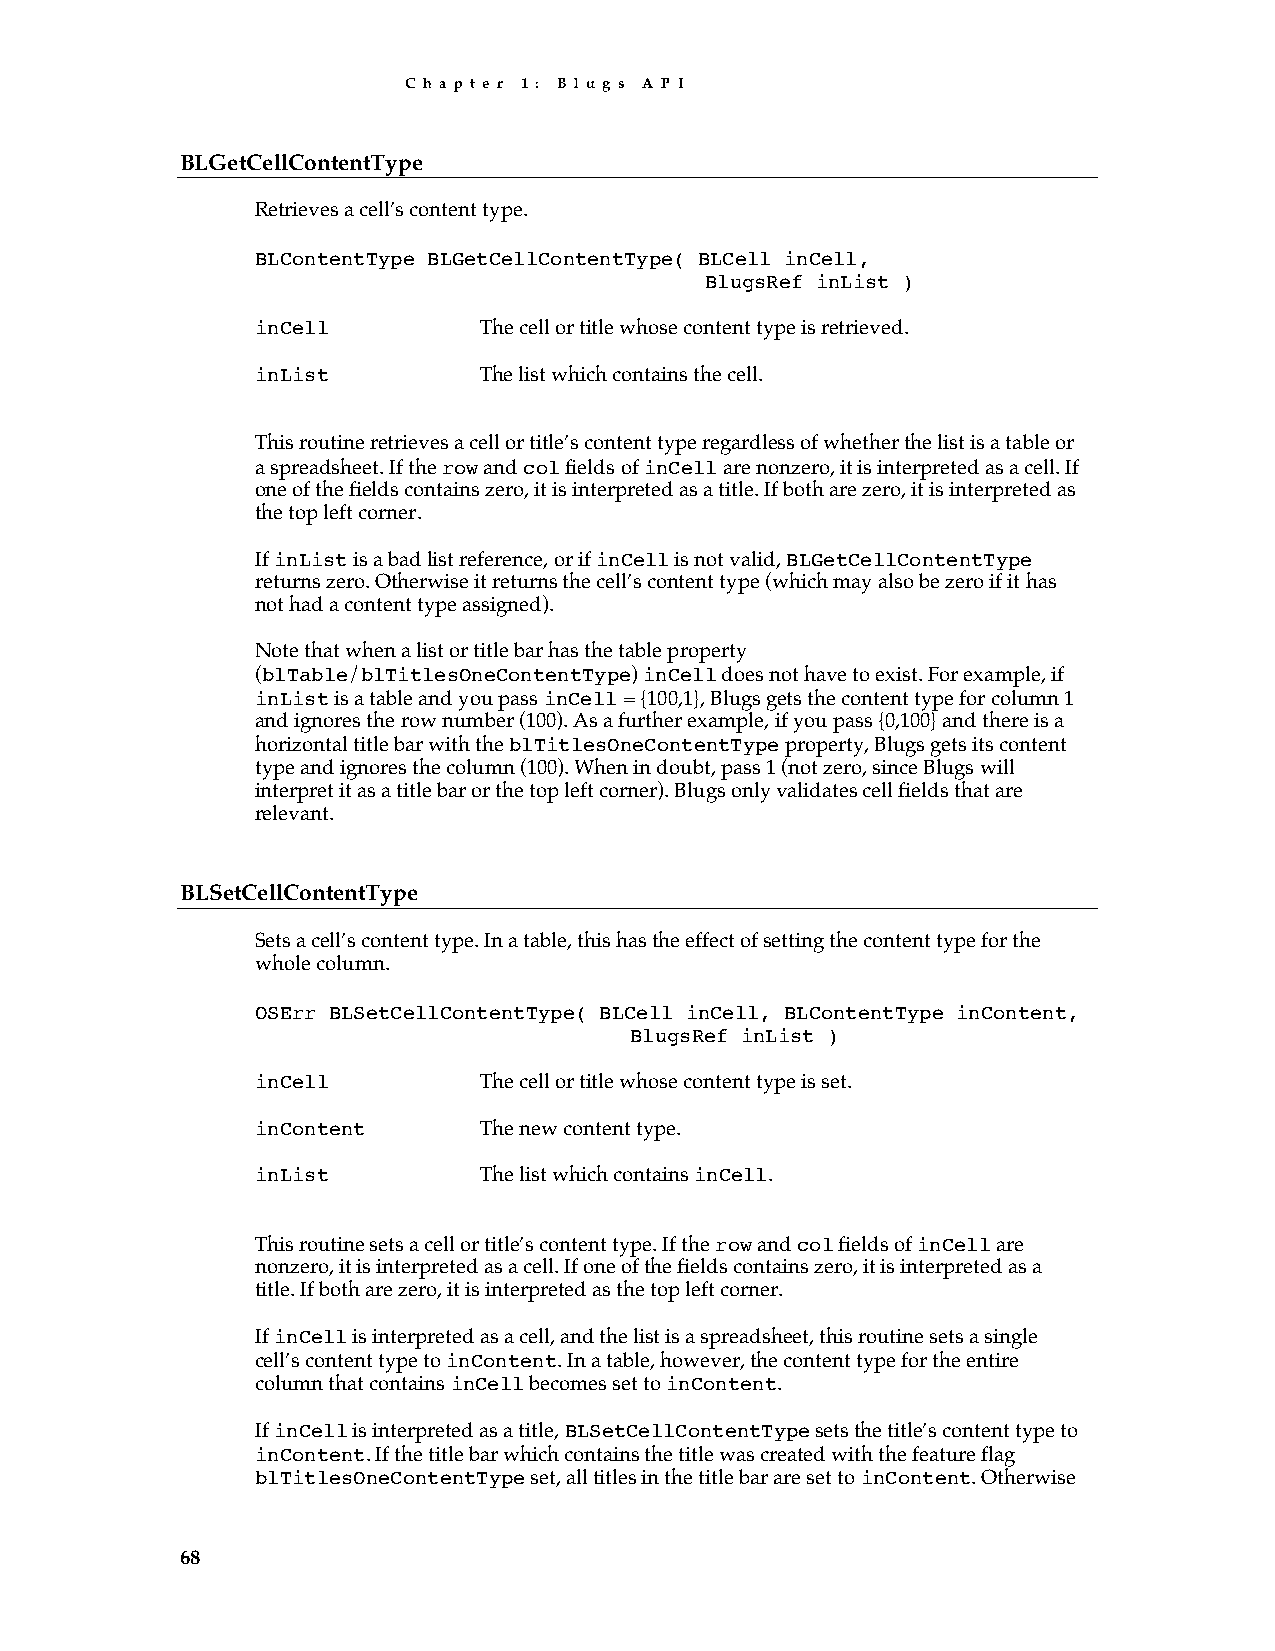
C h a p t e r 1 : B l u g s A P I
 BLGetCellContentType
 Retrieves a cell’s content type.
 BLContentType BLGetCellContentType( BLCell inCell,
 BlugsRef inList )
 inCell         The cell or title whose content type is retrieved.
 inList         The list which contains the cell.
 This routine retrieves a cell or title’s content type regardless of whether the list is a table or
 a spreadsheet. If the row and col fields of inCell are nonzero, it is interpreted as a cell. If
 one of the fields contains zero, it is interpreted as a title. If both are zero, it is interpreted as
 the top left corner.
 If inList is a bad list reference, or if inCell is not valid, BLGetCellContentType
 returns zero. Otherwise it returns the cell’s content type (which may also be zero if it has
 not had a content type assigned).
 Note that when a list or title bar has the table property
 (blTable/blTitlesOneContentType) inCell does not have to exist. For example, if
 inList is a table and you pass inCell = {100,1}, Blugs gets the content type for column 1
 and ignores the row number (100). As a further example, if you pass {0,100} and there is a
 horizontal title bar with the blTitlesOneContentType property, Blugs gets its content
 type and ignores the column (100). When in doubt, pass 1 (not zero, since Blugs will
 interpret it as a title bar or the top left corner). Blugs only validates cell fields that are
 relevant.
 BLSetCellContentType
 Sets a cell’s content type. In a table, this has the effect of setting the content type for the
 whole column.
 OSErr BLSetCellContentType( BLCell inCell, BLContentType inContent,
 BlugsRef inList )
 inCell         The cell or title whose content type is set.
 inContent      The new content type.
 inList         The list which contains inCell.
 This routine sets a cell or title’s content type. If the row and col fields of inCell are
 nonzero, it is interpreted as a cell. If one of the fields contains zero, it is interpreted as a
 title. If both are zero, it is interpreted as the top left corner.
 If inCell is interpreted as a cell, and the list is a spreadsheet, this routine sets a single
 cell’s content type to inContent. In a table, however, the content type for the entire
 column that contains inCell becomes set to inContent.
 If inCell is interpreted as a title, BLSetCellContentType sets the title’s content type to
 inContent. If the title bar which contains the title was created with the feature flag
 blTitlesOneContentType set, all titles in the title bar are set to inContent. Otherwise
 68